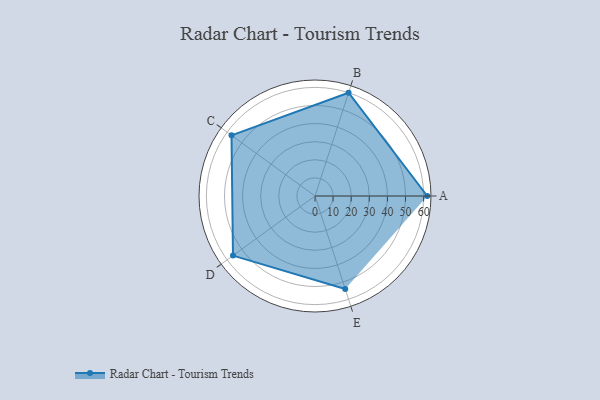
{"axis": {"x": "Skill", "y": "Score"}, "legend": ["Profile"], "data": [{"x": "A", "y": 62.0, "type": "Profile"}, {"x": "B", "y": 60.0, "type": "Profile"}, {"x": "C", "y": 57.0, "type": "Profile"}, {"x": "D", "y": 56.0, "type": "Profile"}, {"x": "E", "y": 54.0, "type": "Profile"}]}